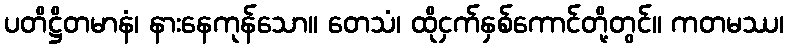
ပတိဋ္ဌိတမာနံ၊ နားနေကုန်သော။ တေသံ၊ ထိုငှက်နှစ်ကောင်တို့တွင်။ ကတမဿ၊